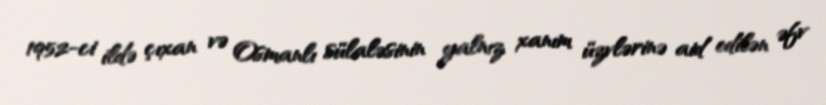
1952-ci ildə çıxan və Osmanlı sülaləsinin yalnız xanım üzvlərinə aid edilən əfv